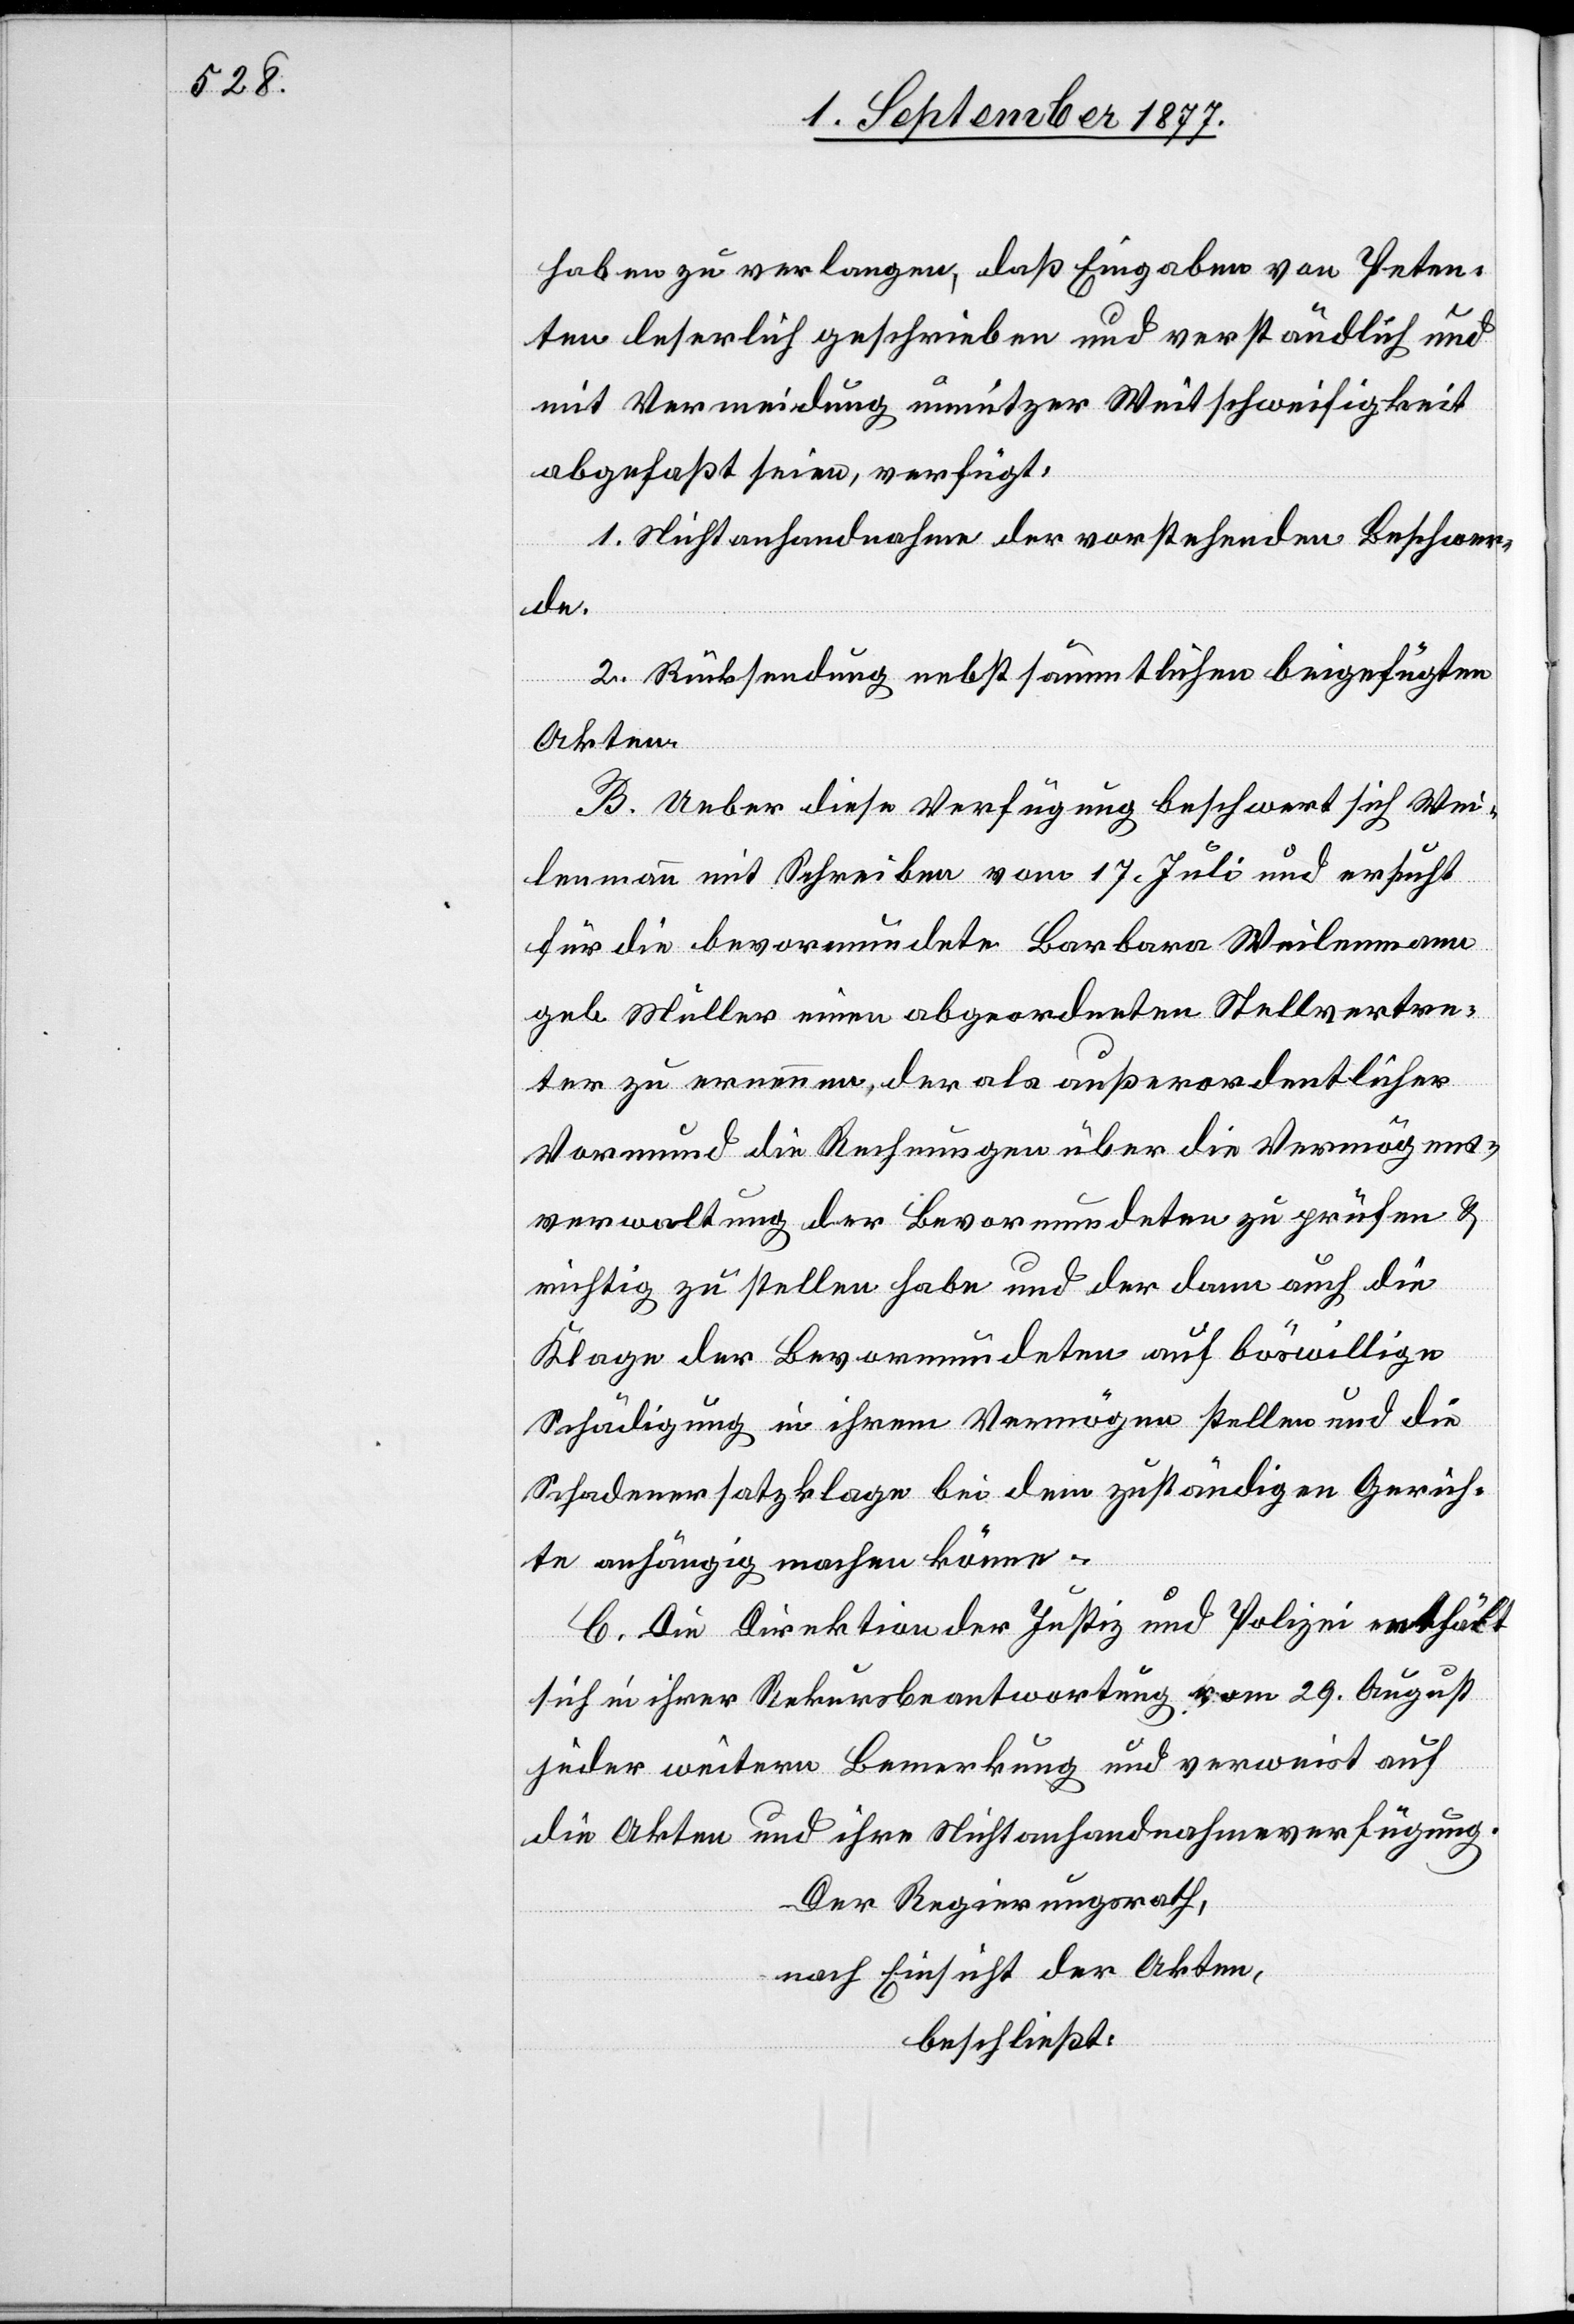
haben zu verlangen, daß Eingaben von Peten¬
ten leserlich geschrieben und verständlich und
mit Vermeidung unnützer Weitschweifigkeit
abgefaßt seien, verfügt:
1. Nichtanhandnahme der vorstehenden Beschwer¬
de.
2. Rücksendung nebst sämmtlichen beigefügten
Akten.
B. Ueber diese Verfügung beschwert sich Wei¬
lenmann mit Schreiben vom 17. Juli und ersucht
für die bevormundete Barbara Weilenmann
geb. Müller einen abgeordneten Stellvertre¬
ter zu ernennen, der als außerordentlicher
Vormund die Rechnungen über die Vermögens¬
verwaltung der Bevormundeten zu prüfen &
richtig zu stellen habe und der dann auch die
Klage der Bevormundeten auf böswillige
Schädigung in ihrem Vermögen stellen und die
Schadenersatzklage bei dem zuständigen Gerich¬
te anhängig machen könne.
C. Die Direktion der Justiz und Polizei enthält
sich in ihrer Rekursbeantwortung vom 29. August
jeder weitern Bemerkung und verweist auf
die Akten und ihre Nichtanhandnahmeverfügung.
Der Regierungsrath,
nach Einsicht der Akten,
beschließt: